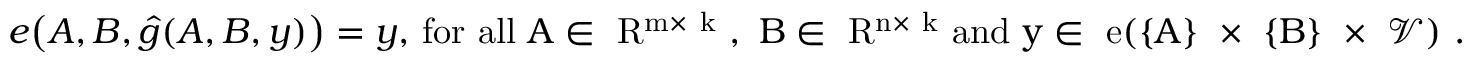
\begin{array} { r } { e \big ( { \boldsymbol { A } } , { \boldsymbol { B } } , \hat { g } ( { \boldsymbol { A } } , { \boldsymbol { B } } , { \boldsymbol { y } } ) \big ) = { \boldsymbol { y } } , \, \mathrm { f o r ~ a l l ~ { \boldsymbol { A } } \in \mathbb ~ R ^ { m \times ~ k } ~ , ~ { \boldsymbol { B } } \in \mathbb ~ R ^ { n \times ~ k } ~ a n d ~ { \boldsymbol { y } } \in ~ e ( \{ { \boldsymbol { A } } \} ~ \times ~ \{ { \boldsymbol { B } } \} ~ \times ~ \mathcal { V } ) ~ . } } \end{array}